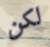
لكن